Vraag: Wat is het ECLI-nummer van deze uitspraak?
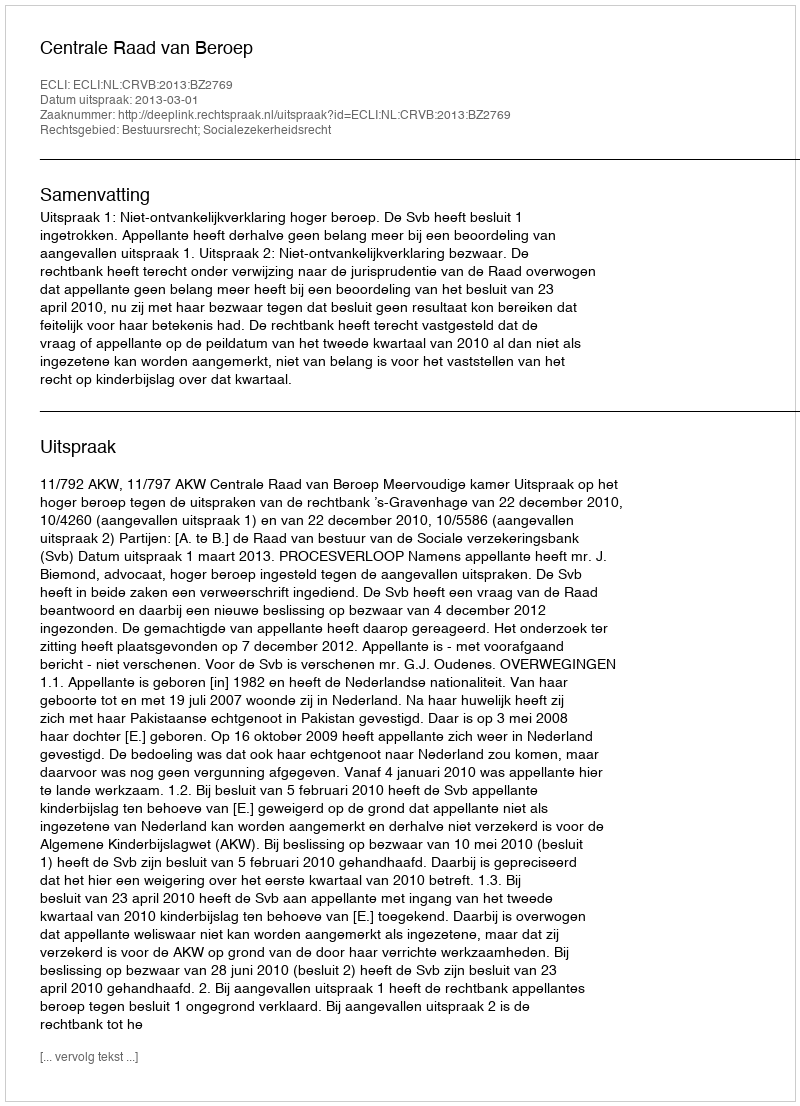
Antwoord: ECLI:NL:CRVB:2013:BZ2769